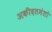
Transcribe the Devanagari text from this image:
अकीदतमंतो